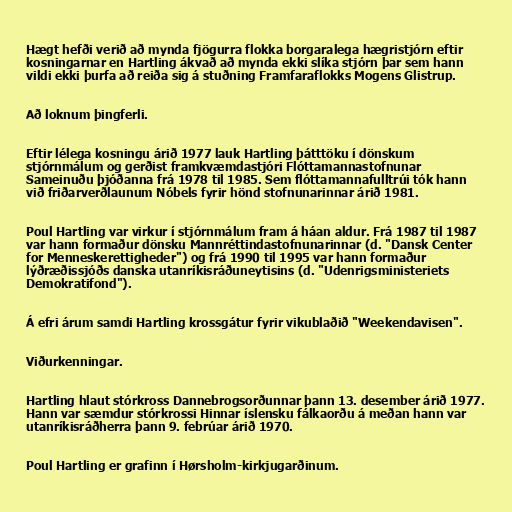
Hægt hefði verið að mynda fjögurra flokka borgaralega hægristjórn eftir
kosningarnar en Hartling ákvað að mynda ekki slíka stjórn þar sem hann
vildi ekki þurfa að reiða sig á stuðning Framfaraflokks Mogens Glistrup.

Að loknum þingferli.

Eftir lélega kosningu árið 1977 lauk Hartling þátttöku í dönskum
stjórnmálum og gerðist framkvæmdastjóri Flóttamannastofnunar
Sameinuðu þjóðanna frá 1978 til 1985. Sem flóttamannafulltrúi tók hann
við friðarverðlaunum Nóbels fyrir hönd stofnunarinnar árið 1981.

Poul Hartling var virkur í stjórnmálum fram á háan aldur. Frá 1987 til 1987
var hann formaður dönsku Mannréttindastofnunarinnar (d. "Dansk Center
for Menneskerettigheder") og frá 1990 til 1995 var hann formaður
lýðræðissjóðs danska utanríkisráðuneytisins (d. "Udenrigsministeriets
Demokratifond").

Á efri árum samdi Hartling krossgátur fyrir vikublaðið "Weekendavisen".

Viðurkenningar.

Hartling hlaut stórkross Dannebrogsorðunnar þann 13. desember árið 1977.
Hann var sæmdur stórkrossi Hinnar íslensku fálkaorðu á meðan hann var
utanríkisráðherra þann 9. febrúar árið 1970.

Poul Hartling er grafinn í Hørsholm-kirkjugarðinum.